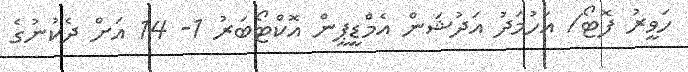
ހަވީރު ފޮޓޯ/ އަހުމަދު އަދުޝަން އެމްޑީޕީން އޮކްޓޯބަރު 1- 14 އަށް ދެކުނުގެ